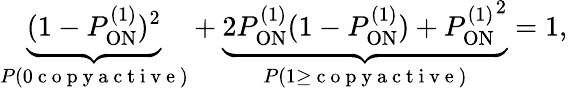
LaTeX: \underbrace{(1-P_{\mathrm{ON}}^{(1)})^{2}}_{P(0\mathrm{~c~o~p~y~a~c~t~i~v~e~})}+\underbrace{2P_{\mathrm{ON}}^{(1)}(1-P_{\mathrm{ON}}^{(1)})+{P_{\mathrm{ON}}^{(1)}}^{2}}_{P(1\geq\mathrm{~c~o~p~y~a~c~t~i~v~e~})}=1,